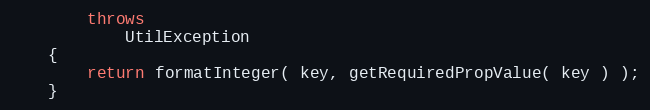
Language: Java
        throws
            UtilException
    {
        return formatInteger( key, getRequiredPropValue( key ) );
    }